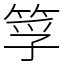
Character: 筟